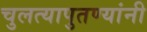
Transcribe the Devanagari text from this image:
चुलत्यापुतण्यांनी